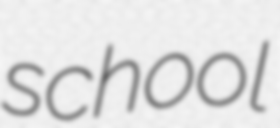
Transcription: school